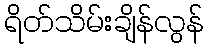
ရိတ်သိမ်းချိန်လွန်